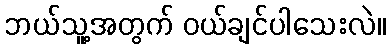
ဘယ်သူ့အတွက် ဝယ်ချင်ပါသေးလဲ။